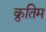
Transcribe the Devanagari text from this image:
क्रुतिम